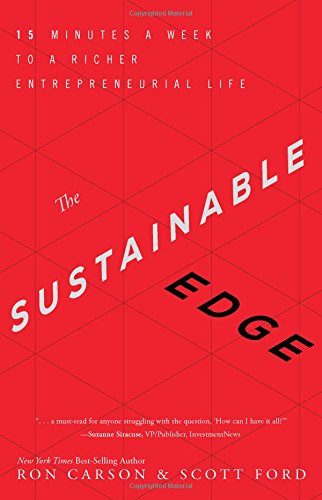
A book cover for The Sustainable Edge: 15 Minutes a Week to a Richer Entrepreneurial Life; Ron Carson; Business & Money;